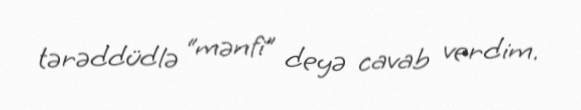
tərəddüdlə “mənfi” deyə cavab verdim.